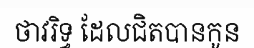
ថាវរិទ្ធ ដែលជិតបានកូន